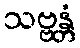
သဗ္ဗန္တံ